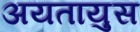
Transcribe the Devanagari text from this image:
अयतायुस